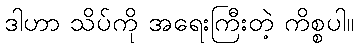
ဒါဟာ သိပ်ကို အရေးကြီးတဲ့ ကိစ္စပါ။